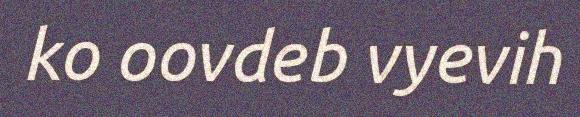
ko oovdeb vyevih